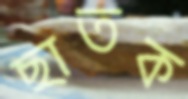
ছাতক